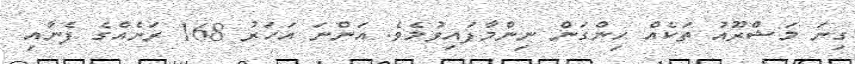
ގިނަ މަޝްރޫއު ތަކެއް ހިންގަން ނިންމާފައިވުމެވެ. އަންނަ އަހަރު 168 ރަށެއްގެ ފެނާއި